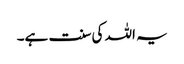
یہ اللہ کی سنت ہے۔